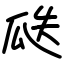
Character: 瓞